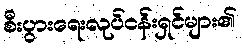
စီးပွားရေးလုပ်ငန်းရှင်များ၏